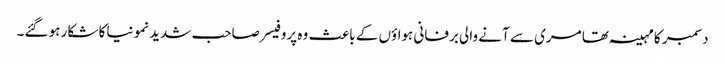
دسمبر کا مہینہ تھا مری سے آنے والی برفانی ہواؤں کے باعث وہ پروفیسر صاحب شدید نمونیا کا شکار ہو گئے۔